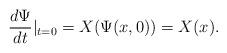
LaTeX: \begin{align*}\frac{d\Psi}{dt}|_{t=0}=X(\Psi(x,0))=X(x).\end{align*}